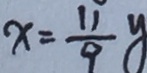
x = \frac { 1 1 } { 9 } y